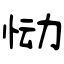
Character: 恸